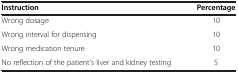
| Instruction | Percentage |
 | --- | --- |
 | Wrong dosage | 10 |
 | Wrong interval for dispensing | 10 |
 | Wrong medication tenure | 10 |
 | No reflection of the patient's liver and kidney testing | 5 |